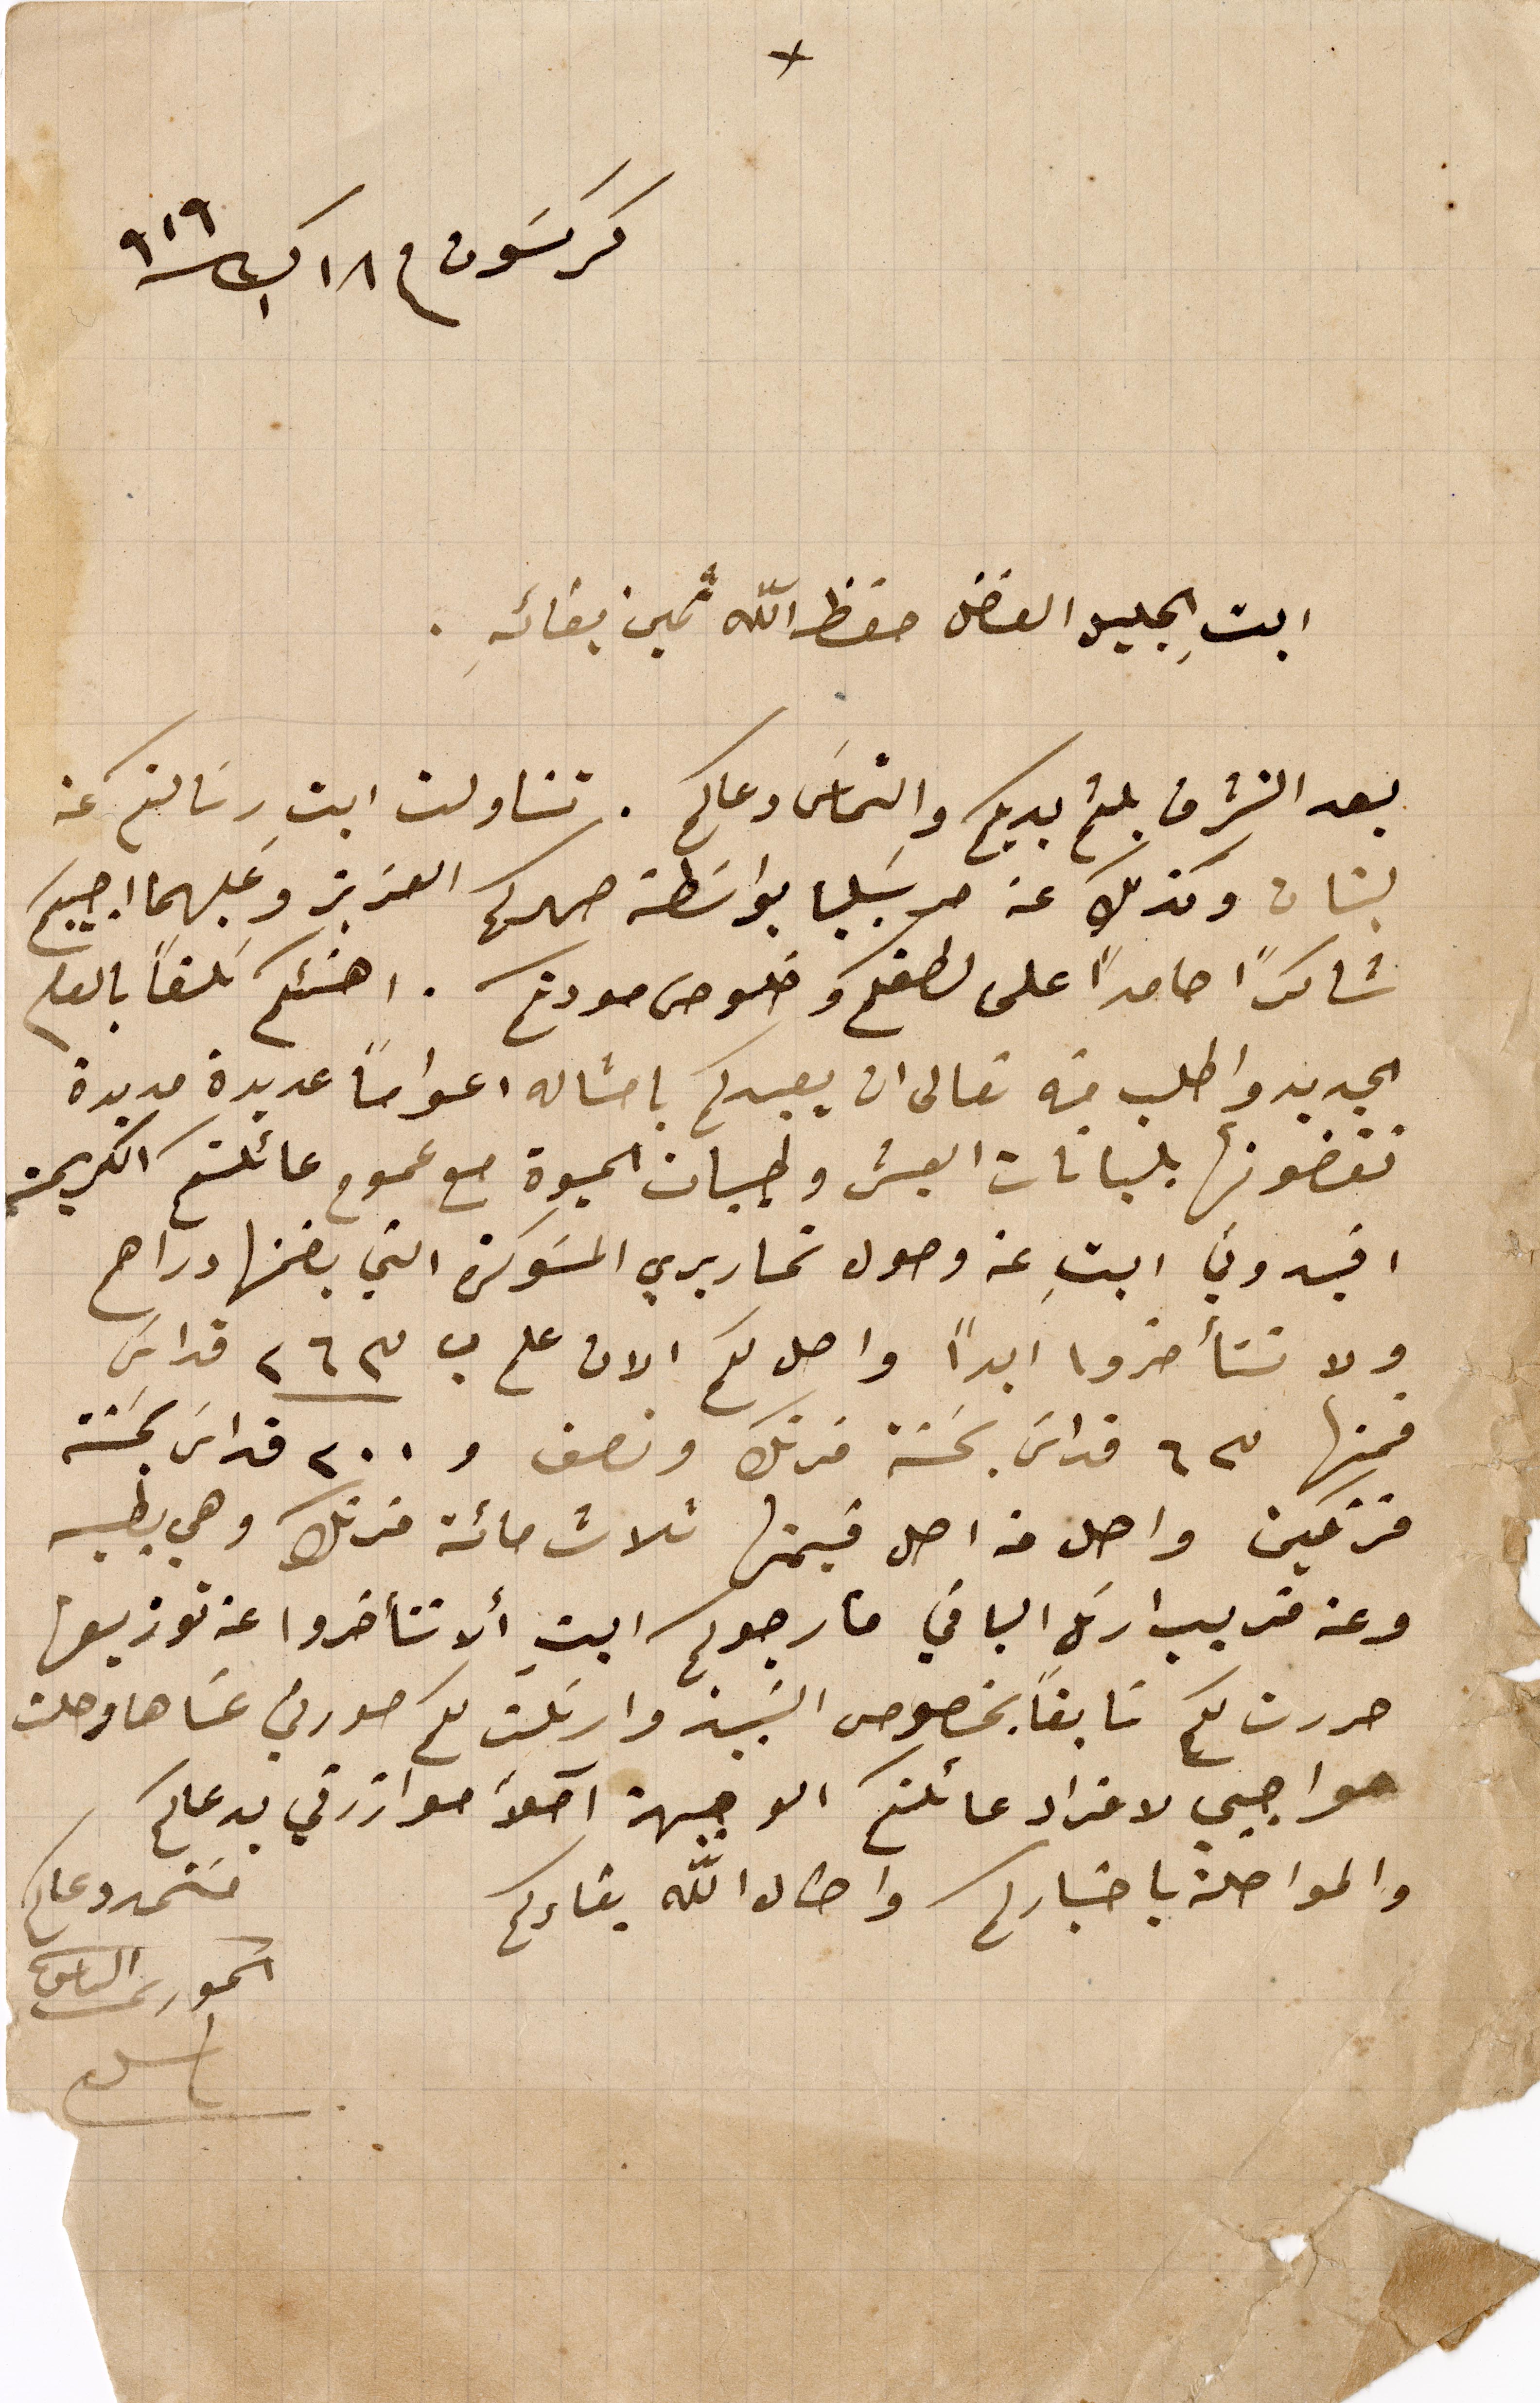
كركسَون في ١٨ ك١ / ١٩١٩
ابتِ الجليل الفاضل حفظ الله ثمين بقائه .
بعد التشرف بلثم يديكم والتماس دعاكم . تناولت ابتِ رسالتكم عن
لبنان وكذلك عن مرسيليا بواسطة صهركم العزيز وعليهما اجيبكم
شاكراً حامداً على لطفكم وخلوص مودتكم . اهنئكم سلفاً بالعام
الجديد واطلب منه تعالى ان يعيدكم بامثاله اعواماً عديدة مديدة
تقضونها بلبانات العيش وطيبات الحيوِة مع عموم عائلتكم الكريمة
افيدوني ابتِ عن وصول تحاريري المسَوكرة التي بضمنها دراهم
ولا تتأخروا ابداً واصل لكم الان علم ب ٢٦٣ قداس
فمنها ٦٣ قداس بحَسنة فرنك ونصف و ٢٠٠ قداس بحَسنة
فرنكين واصل من أصل قيمتها ثلاث مائة فرنك وهي بطيه
وعن قريب ارسل الباقي فأرجوكم ابتِ ألا تتأخروا عن توزيعها
حررت لكم سابقاً بخصوص النبيذ وارسلت لكم صورتي عسَاها وصلت
واجبي لافراد عائلتكم الوجيهة آملاً موازرتي بدعاكم
والمواصلة باخباركم واطال الله بقاءكم
مستمد دعاكم
الخوري الياس